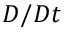
D / D t